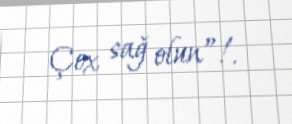
Çox sağ olun”!.